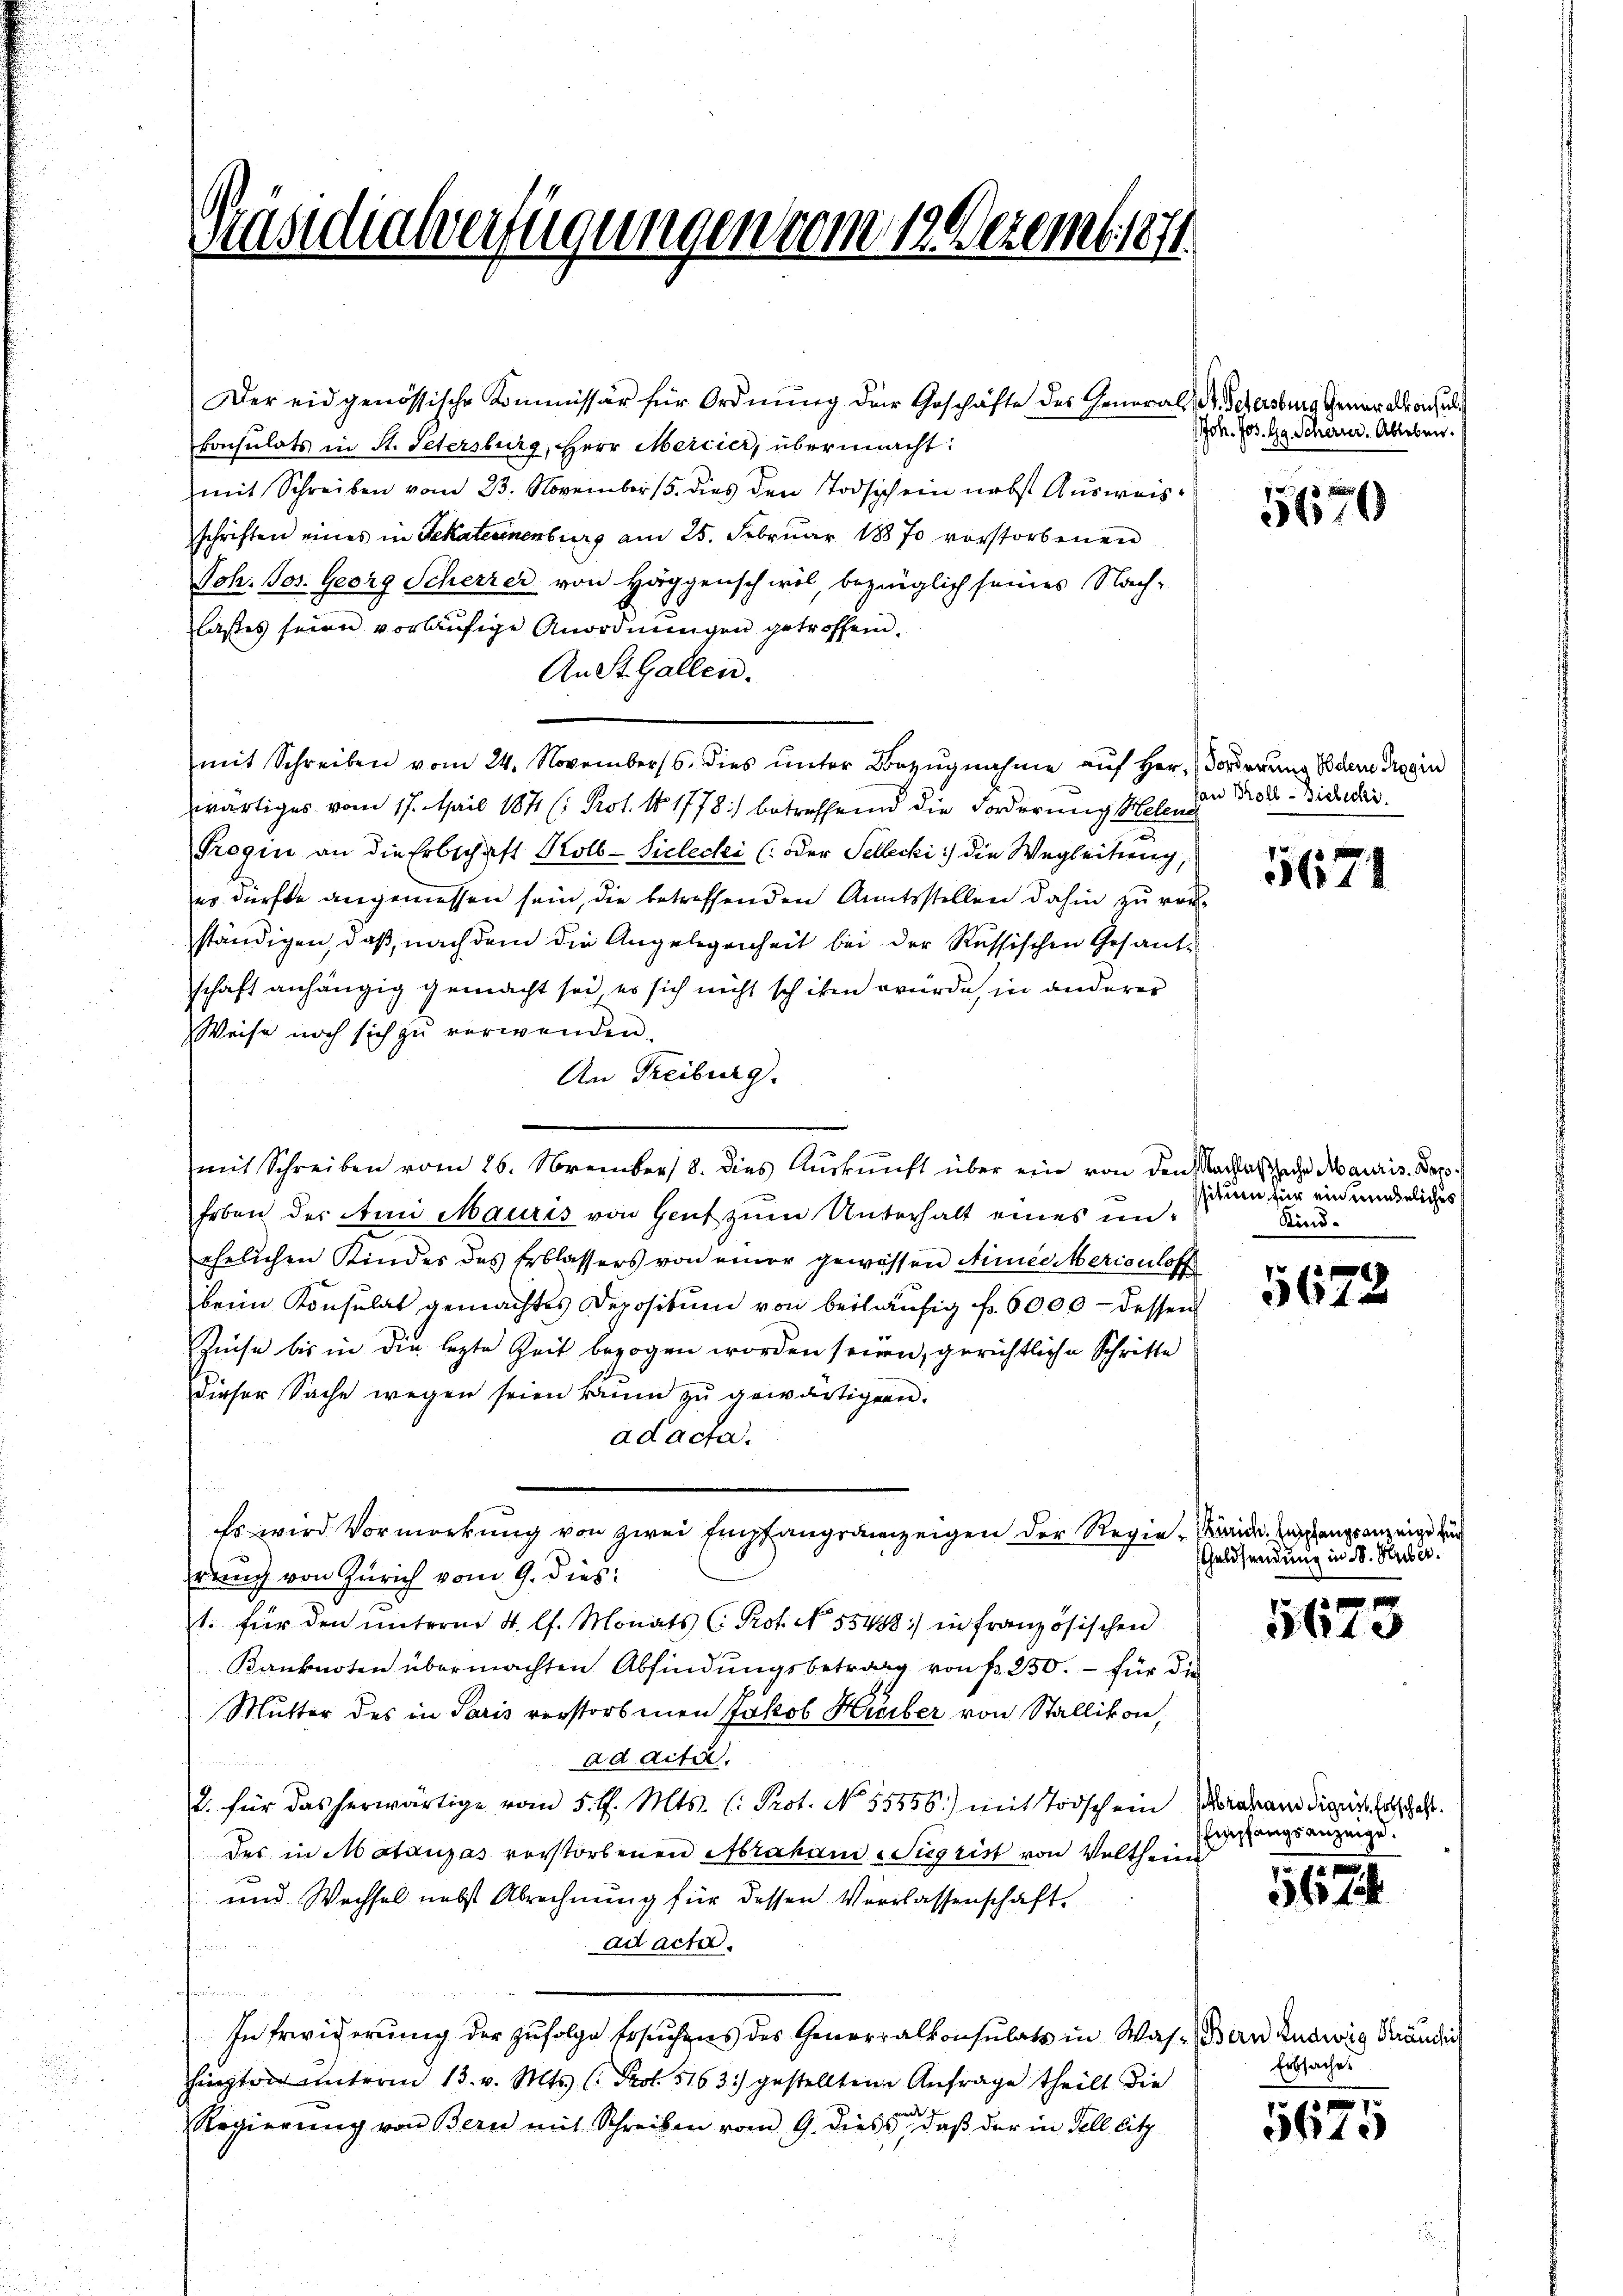
Präsidialverfügungen vom 19. Dezemb. 1871

Der eidgenössische Kommissär für Ordnŭng der Geschäfte des General. Schersburg Generalkonsul
Consulats in St. Petersburg, Herr Mercier, übermacht:
mit Schreiben vom 23. November 15. dies den Todschein nebst Ausweisschriften eines in Gekaternenburg am 25. Februar 18870 vorstorbenen
Joh. Jos. Georg Scherzer von Häggensch wil, bezüglich seines Nach-
lasses seien vorläufige Anordnungen getroffen.
An St. Gallen.
mit Schreiben vom 24. November. dies ŭnter Bezŭgnahme aŭf her. (Forderung Boden Tragin
wärtiges vom 17. Mail 184 (: Prot. No 1778) betreffend die Forderung Helen der Prote sich die
Trogin an die Erbschaft Kolb-Siclecki (oder Sellecki die Wegleitung,
es dürfte angemessen sein, die betreffenden Amtsstellen dahin zu ver
ständigen, daß, nach dem die Angelegenheit bei der Russischen Gesandschaft anhängig gemacht sei es sich nicht schiken würde, in anderer
Weise noch sich zu verwenden.
An Freiburg.
mit Schreiben vom 26. November 8. dies Aŭskŭnft über ein von den Nachlafsache Mauris. Depo¬
Erben der Ami Mauris von Genf zum Unterhalt eines unehelichen Kindes des Erblassers von einer gewissen Linie Merienloff
beim Konsulat gemachtes Depositum von beiläŭfig fr. 6000 - dessen
Zinse bis in die lezte Zeit bezogen worden seien, gerichtliche Schritte
dieser Sache wegen seien kaum zu gewärtigen.
ad acta.
Es wird Vormerkung von zwei Empfangsanzeigen der Regie-Kinde Erschangsanzeige zur
rung von Zürich vom 9. dies
1. für den unterm 4. lt. Monats (: Prof. No. 55488) in französischen
Kanknoten übermachten Abfindungsbetrag von fr. 250. – für die
Mutter des in Paris verstorbenen Jakob Huber von Stallikon,
ad Acta.
2. für das herwärtige vom 5. d. Mts. (: Prot. No. 55856.) mit Todschein
des in Mataujas vorstorbenen Abraham Sigrist von Velthein
und Wechsel nebst Abrechnung für dessen Verlassenschaft.
ad acta.
un
In Erwiderung der zufolge Ersuchens des Generalkonsulats in Was-Ban Ludwig Ständig
hizten unterm 13. v. Mts. (: Prot. 5163) gestellten Anfrage theilt die
Regierung von Bern mit Schreiben vom 9. diess, daß der in Fell litz

Joh. Jos. Hr. Scherier. Ableben.

18 x
32 (13

5671

ssitum für ein uneheliches s
Kind.

5672

Geldsendung in d. Huber.

f
.610

Mraham Signis Erbschaft.
Empfangsanzeige.

567

Erbsaches

i
561.